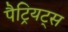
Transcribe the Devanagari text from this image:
पैट्रियट्स